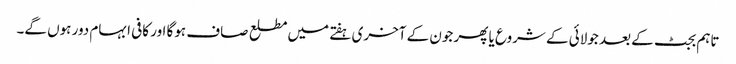
تاہم بجٹ کے بعد جولائی کے شروع یا پھر جون کے آخری ہفتے میں مطلع صاف ہوگا اور کافی ابہام دور ہوں گے۔